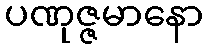
ပဏုဇ္ဇမာနော